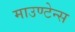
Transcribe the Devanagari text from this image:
माउण्टेन्स